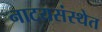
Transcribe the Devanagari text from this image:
नाटयसंस्थेत